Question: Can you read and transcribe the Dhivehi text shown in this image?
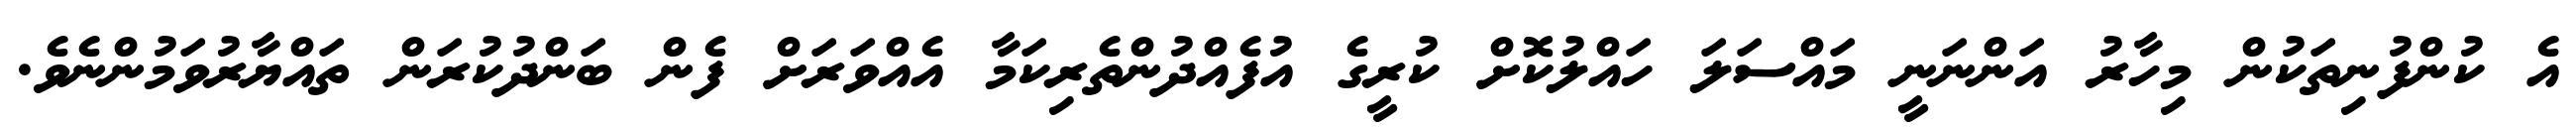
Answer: އެ ކުންފުނިތަކުން މިހާރު އަންނަނީ މައްސަލަ ހައްލުކޮށް ކުރީގެ އުފެއްދުންތެރިކަމާ އެއްވަރަށް ފެން ބަންދުކުރަން ތައްޔާރުވަމުންނެވެ.